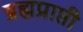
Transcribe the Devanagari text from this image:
ब्रह्मप्राप्ती